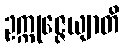
ဥက္ကုဇ္ဇေယျာတိ